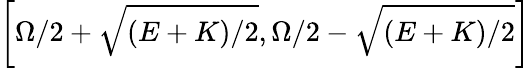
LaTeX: \left[\Omega/2+\sqrt{(E+K)/2},\Omega/2-\sqrt{(E+K)/2}\right]